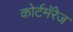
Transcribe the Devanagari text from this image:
कोर्टमॅरेज